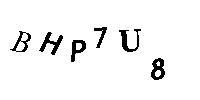
BHP7U8